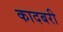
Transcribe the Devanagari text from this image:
कादबरी